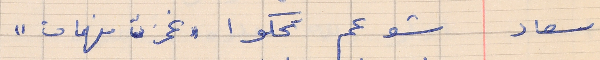
سعاد     شو عم تحكوا "غمزت فهمان"